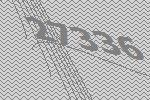
27336